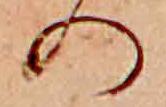
の